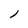
Character: l